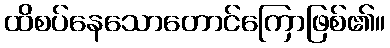
ထိစပ်နေသောတောင်ကြောဖြစ်၏။